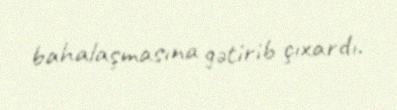
bahalaşmasına gətirib çıxardı.